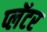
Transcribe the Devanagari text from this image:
प्लॅटर